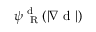
\psi _ { \mathrm { ~ \tiny ~ R ~ } } ^ { \mathrm { ~ d ~ } } ( | \nabla \mathrm { ~ d ~ } | )